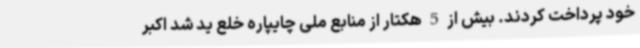
خود پرداخت کردند. بیش از 5 هکتار از منابع ملی چایپاره خلع ید شد اکبر